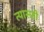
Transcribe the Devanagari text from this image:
त्यासही